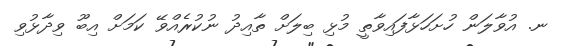
ނ. އުވާލަން ހުށަހަޅާފައިވާތީ މުޅި ބިލަށް ތާއިދު ނުކުރެއްވޭ ކަމަށް އިބޫ ވިދާޅުވި